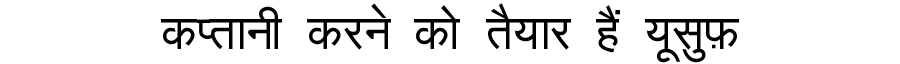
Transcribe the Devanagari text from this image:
कप्तानी करने को तैयार हैं यूसुफ़